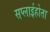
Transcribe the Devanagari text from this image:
सप्लाईहोता